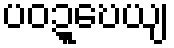
ပဝဍ္ဎေယျ